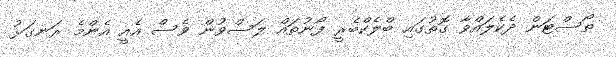
ތޯސްޓަން ދެކެލައްވާ ގޮތުގައި ބްލެކްބެރީ ފޯނުތައް ލަސްވުން ވެސް އެއީ އެންމެ ރަނގަޅު